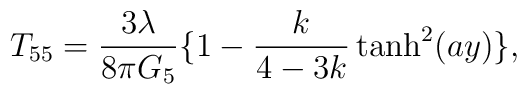
T_{55}=\frac{3\lambda}{8\pi G_5}\{1-\frac{k}{4-3k}\tanh^2(ay)\},